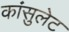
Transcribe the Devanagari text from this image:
कांसुलेट